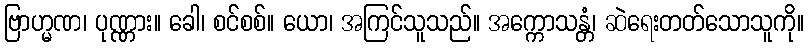
ဗြာဟ္မဏ၊ ပုဏ္ဏား။ ခေါ၊ စင်စစ်။ ယော၊ အကြင်သူသည်။ အက္ကောသန္တံ၊ ဆဲရေးတတ်သောသူကို။